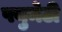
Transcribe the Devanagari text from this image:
फ्युमेटी